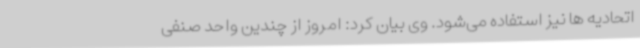
اتحادیه ها نیز استفاده می‌شود. وی بیان کرد: امروز از چندین واحد صنفی